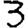
Digit: 3